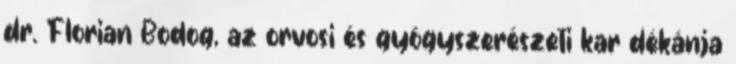
dr. Florian Bodog, az orvosi és gyógyszerészeti kar dékánja